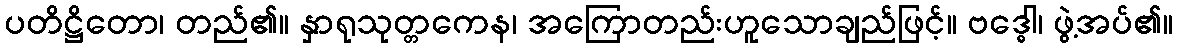
ပတိဋ္ဌိတော၊ တည်၏။ နှာရုသုတ္တကေန၊ အကြောတည်းဟူသောချည်ဖြင့်။ ဗဒ္ဓေါ၊ ဖွဲ့အပ်၏။